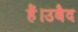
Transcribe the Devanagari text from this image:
हैं।उबैद